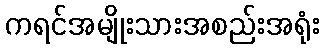
ကရင်အမျိုးသားအစည်းအရုံး